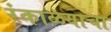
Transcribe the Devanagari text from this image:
रंकाळयाचा